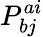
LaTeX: P_{bj}^{ai}